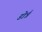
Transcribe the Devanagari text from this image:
डोर्न्न